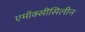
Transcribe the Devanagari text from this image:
एमॉक्सीसिलीन